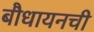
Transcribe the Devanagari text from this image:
बौधायनची